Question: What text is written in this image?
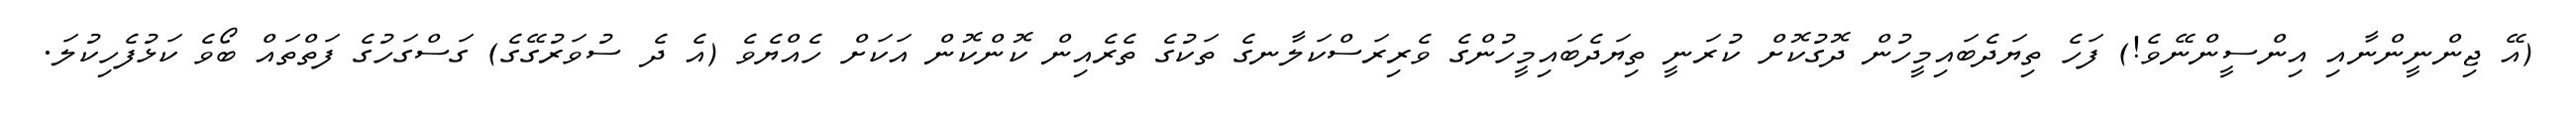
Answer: (އޭ ޖިންނީންނާއި އިންސީންނޭވެ!) ފަހެ ތިޔަދެބައިމީހުން ދޮގުކޮށް ކުރަނީ ތިޔަދެބައިމީހުންގެ ވެރިރަސްކަލާނގެ ތަކުގެ ތެރެއިން ކޮންކޮން އަކަށް ހެއްޔެވެ (އެ ދެ ސުވަރުގޭގެ) ގަސްގަހުގެ ފަތްތައް ބޯވެ ކަޅުފެހިކުލަ.